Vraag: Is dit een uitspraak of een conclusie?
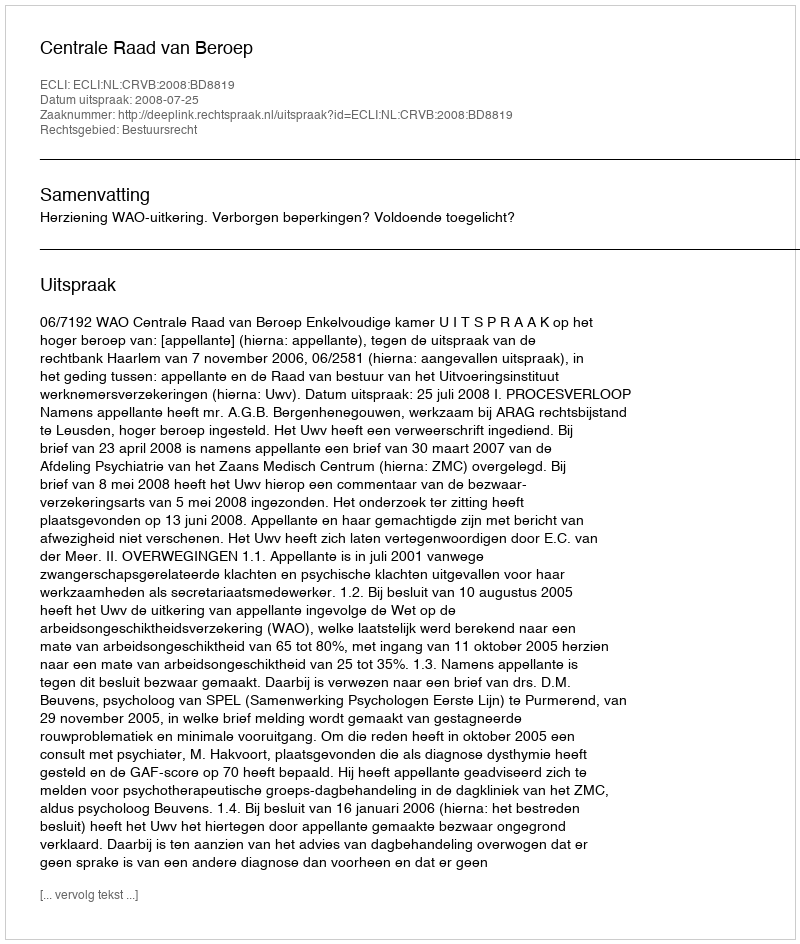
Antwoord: Uitspraak